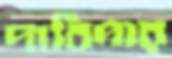
দাবিদার